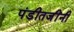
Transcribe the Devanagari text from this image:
पंडीतजींनी